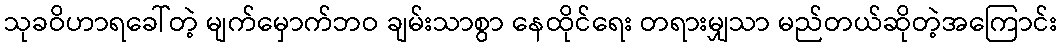
သုခဝိဟာရခေါ်တဲ့ မျက်မှောက်ဘဝ ချမ်းသာစွာ နေထိုင်ရေး တရားမျှသာ မည်တယ်ဆိုတဲ့အကြောင်း